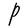
Character: P